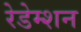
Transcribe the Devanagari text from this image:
रेडेम्शन